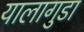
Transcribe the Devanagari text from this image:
यालागुडा